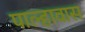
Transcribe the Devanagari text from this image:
पाल्हावास